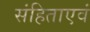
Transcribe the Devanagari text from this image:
संहिताएवं